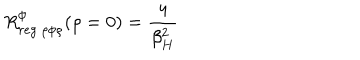
LaTeX: R _ { r e g \ \rho \phi \rho } ^ { \phi } ( \rho = 0 ) = { \frac { 4 } { \beta _ { H } ^ { 2 } } }